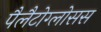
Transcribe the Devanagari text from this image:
पैलैटोग्लोसस